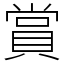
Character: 賞